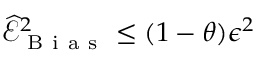
\widehat { \mathcal { E } } _ { \mathrm { ~ B ~ i ~ a ~ s ~ } } ^ { 2 } \le ( 1 - \theta ) \epsilon ^ { 2 }